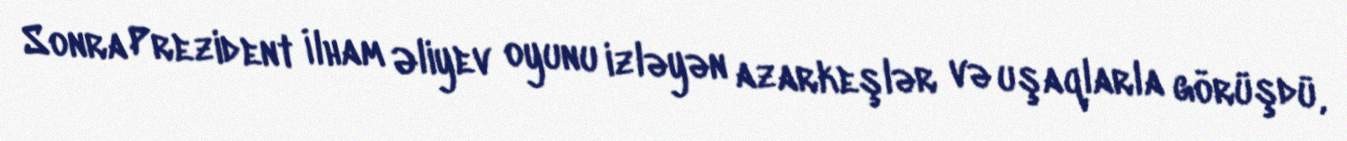
Sonra Prezident İlham Əliyev oyunu izləyən azarkeşlər və uşaqlarla görüşdü,